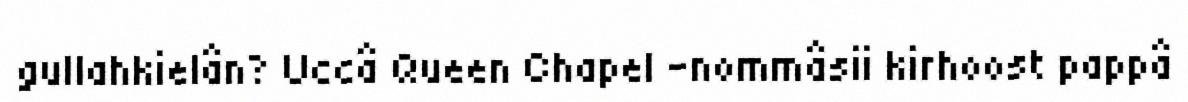
gullahkielân? Uccâ Queen Chapel -nommâsii kirhoost pappâ